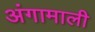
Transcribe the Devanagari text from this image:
अंगामाली